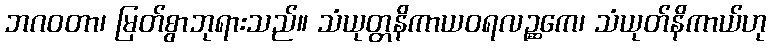
ဘဂဝတာ၊ မြတ်စွာဘုရားသည်။ သံယုတ္တနိကာယဝရလဉ္ဆကေ၊ သံယုတ်နိကာယ်ဟု